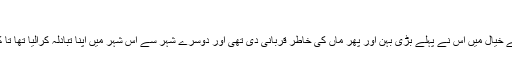
‘‘
چھوٹی کا شوہر خاندان بھر کا چہیتا تھا کیوں کہ دوسروں کے خیال میں اس نے پہلے بڑی بہن اور پھر ماں کی خاطر قربانی دی تھی اور دوسرے شہر سے اس شہر میں اپنا تبادلہ کرالیا تھا تا کہ چھوٹی گھر کو ڈسٹرب کیے بغیر ماں کے پاس رہ سکے۔